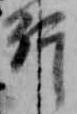
行